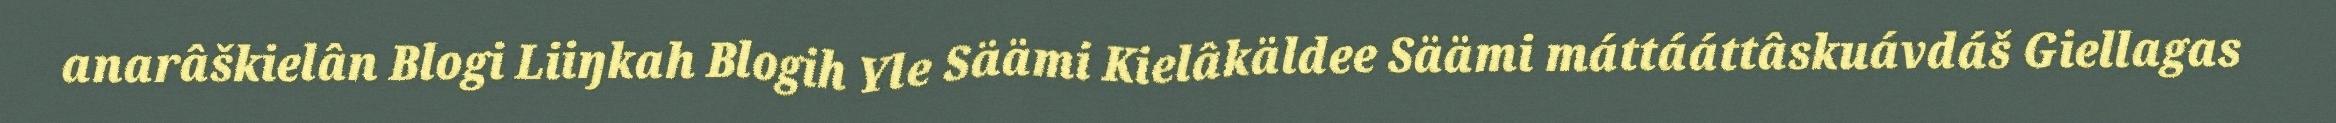
anarâškielân Blogi Liiŋkah Blogih Yle Säämi Kielâkäldee Säämi máttááttâskuávdáš Giellagas